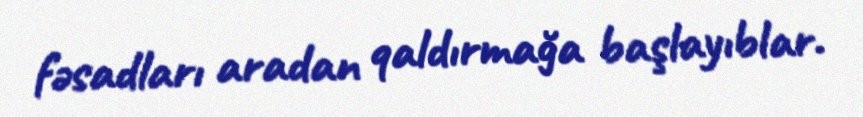
fəsadları aradan qaldırmağa başlayıblar.